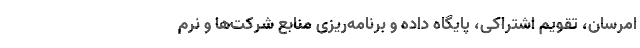
امرسان، تقویم اشتراکی، پایگاه داده و برنامه‌ریزی منابع شرکت‌ها و نرم